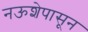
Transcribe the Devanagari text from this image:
नऊशेपासून